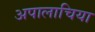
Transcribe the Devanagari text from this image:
अपालाचिया